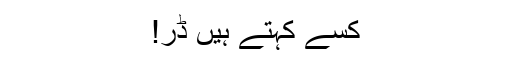
کسے کہتے ہیں ڈر!